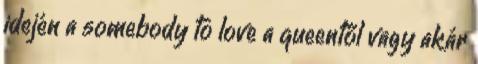
idején a somebody to love a queentől vagy akár